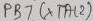
Text: PB7 (XTAL 2)